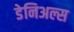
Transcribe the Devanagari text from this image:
डेनिअल्स